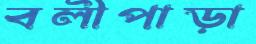
বলীপাড়া